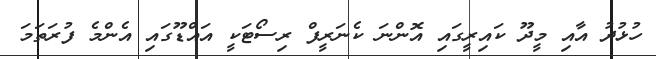
ހުޅުދު އާއި މީދޫ ކައިރީގައި އޮންނަ ކެނަރީފް ރިސޯޓަކީ އައްޑޫގައި އެންމެ ފުރަތަމަ